65_HS1-834228961_62-HQ-83894_Section_6
Agency: FBI
Page 268
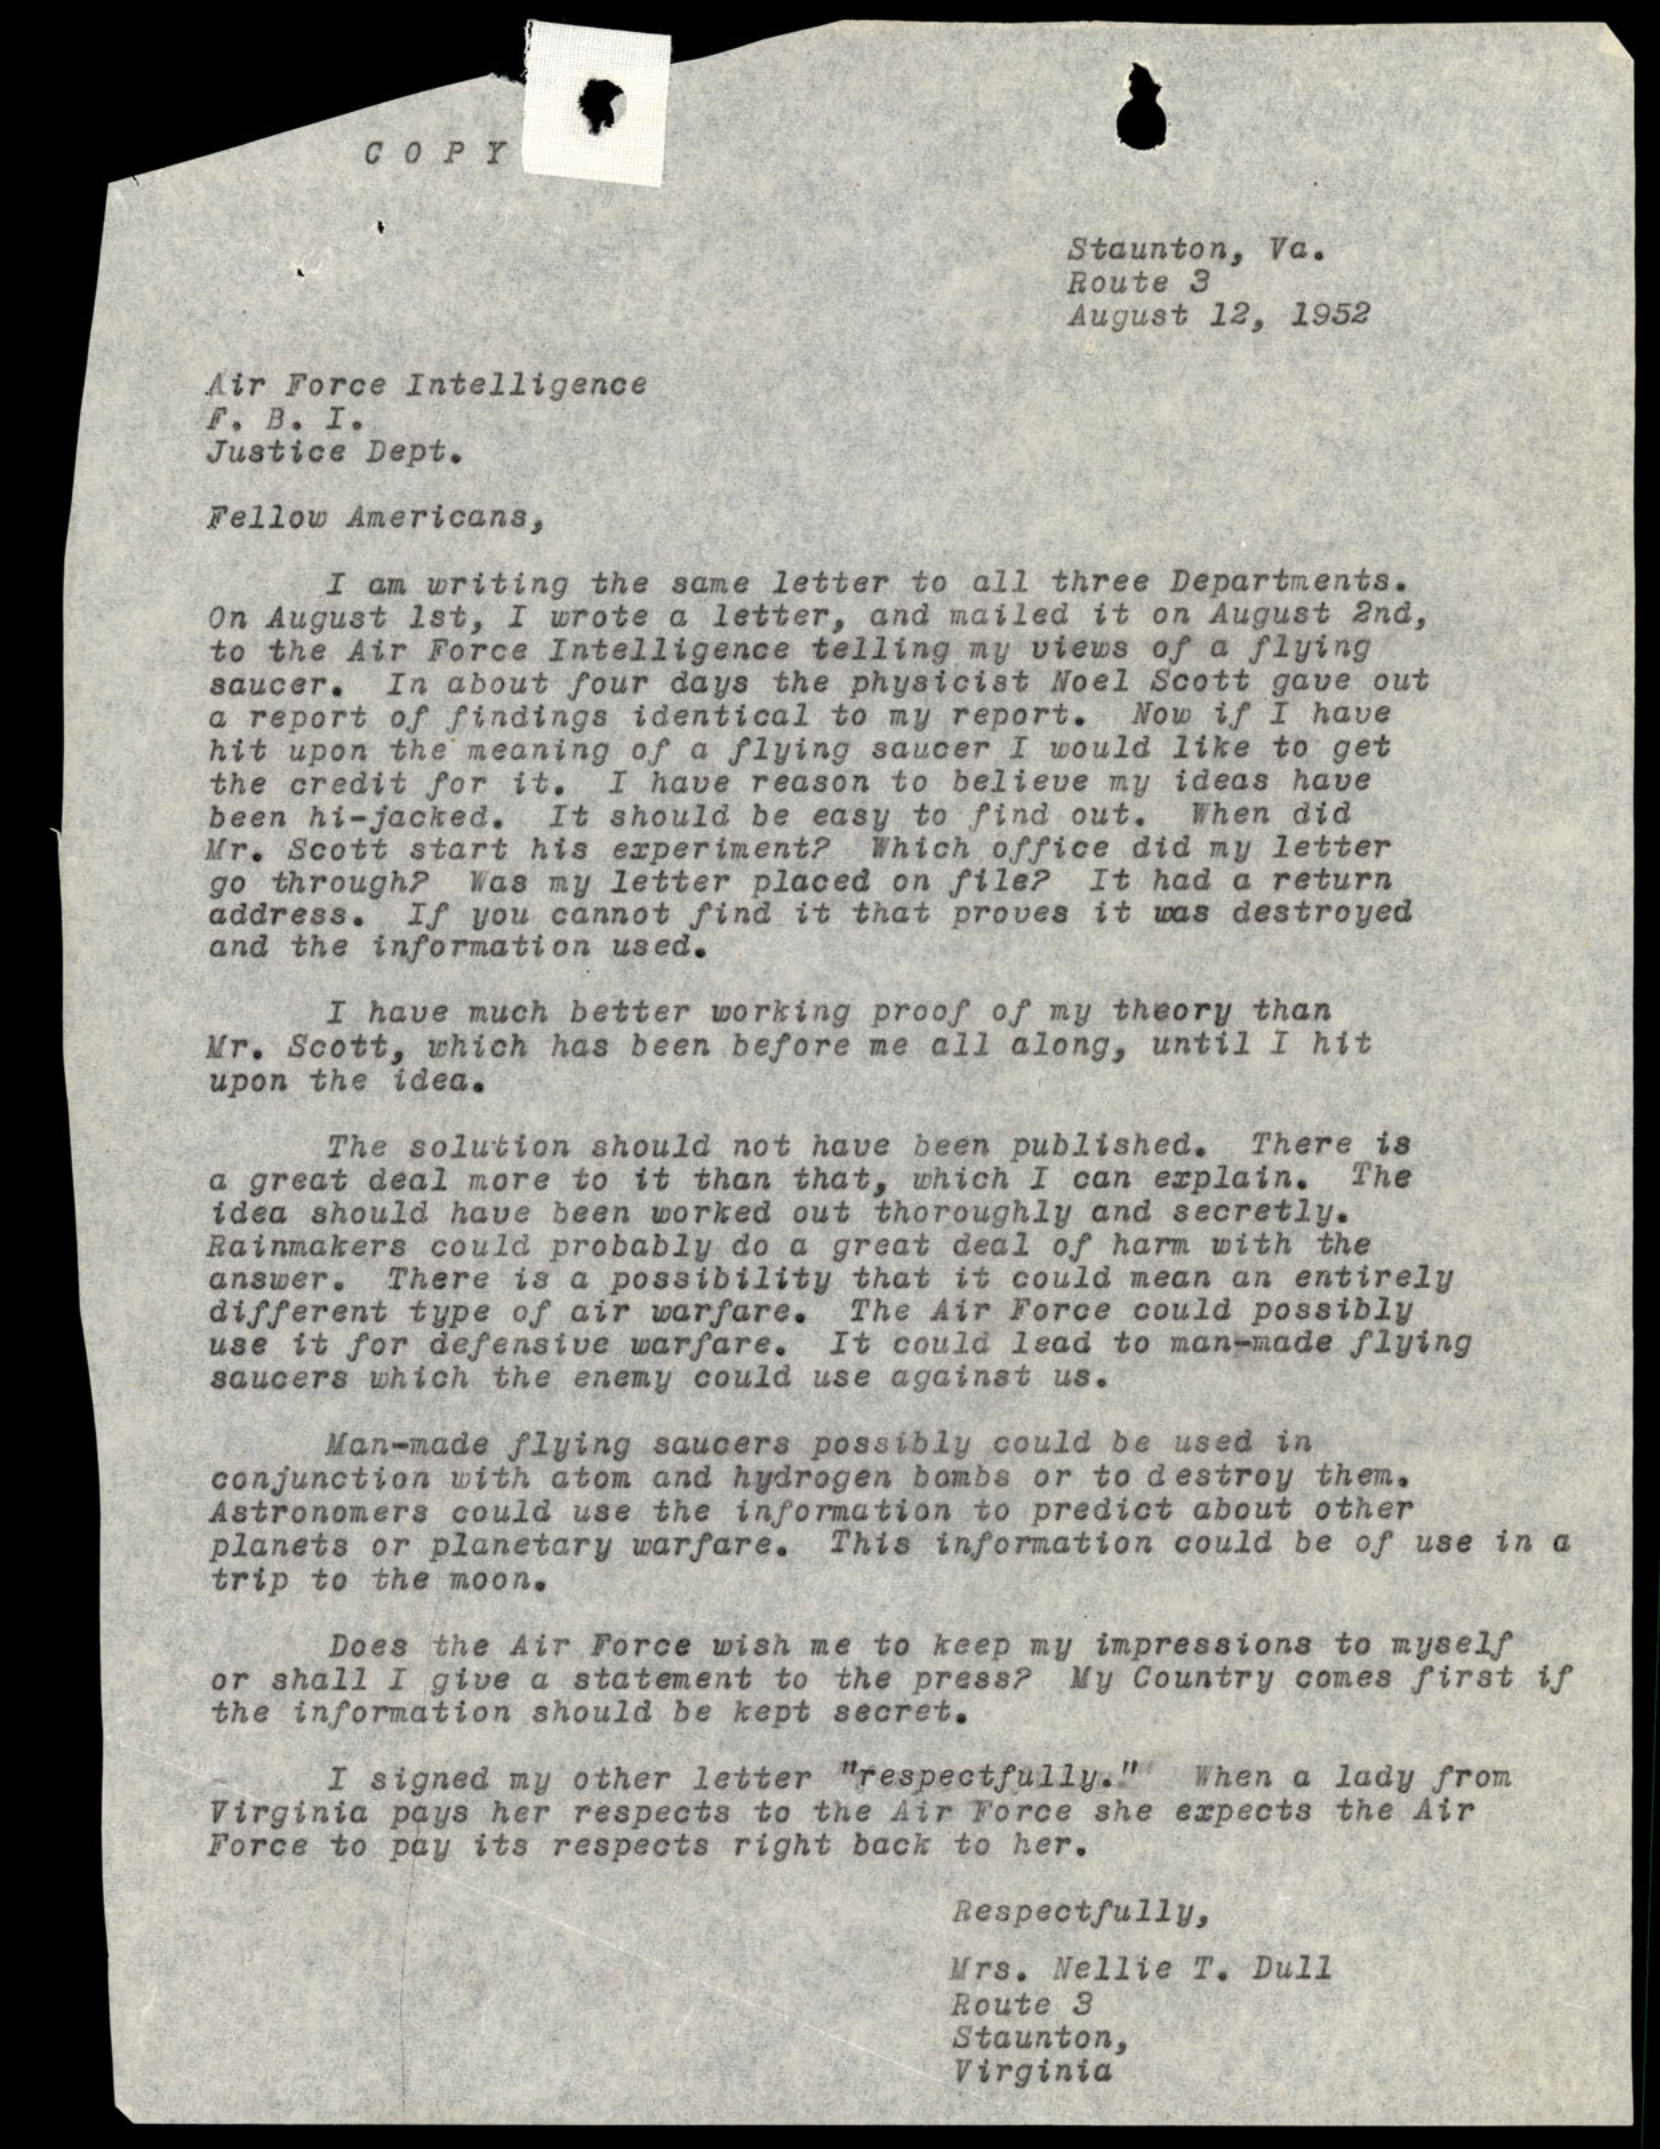